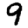
Digit: 9